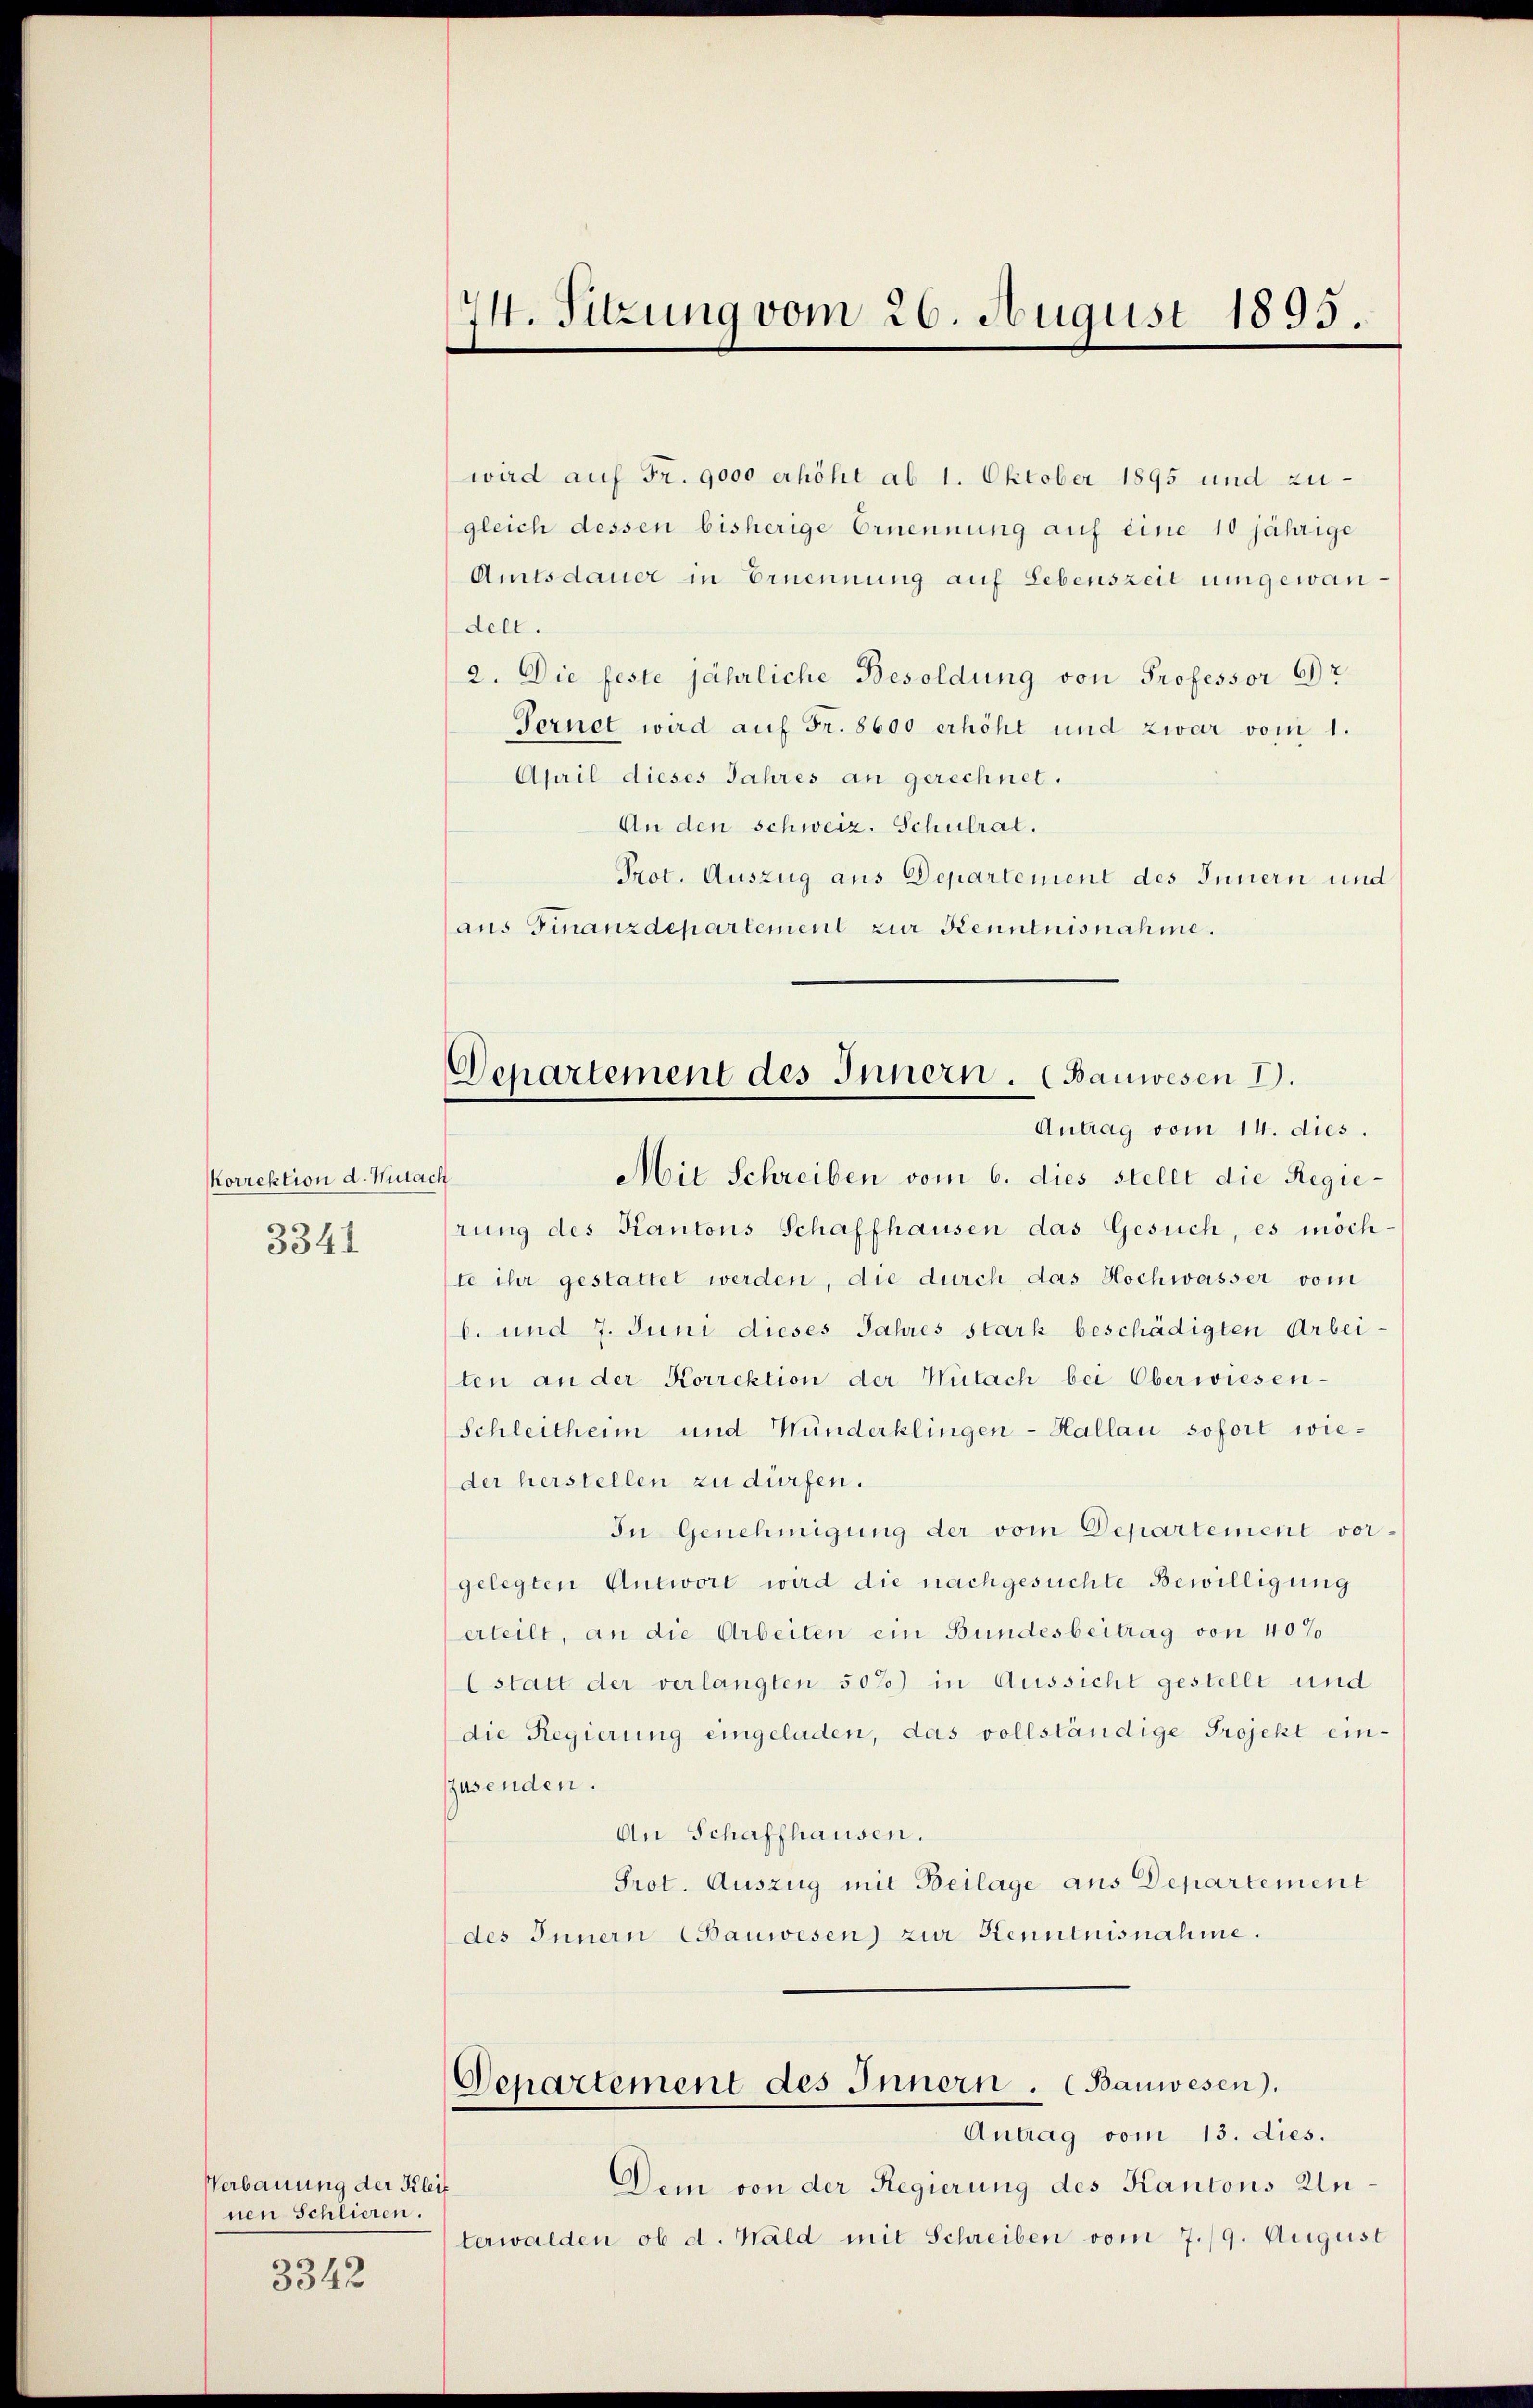
Korrektion d. Mita
3341

Verbauung der Klei
nen Schlieren.

3342

¼. Sitzung vom 26. August 1895.

wird auf Fr. 9000 erhöht ab 1. Oktober 1895 und zugleich dessen bisherige Ernennung auf eine 10 jährige
Amtsdauer in Ernennung auf Lebenszeit umgewandel.
2. Die feste jährliche Besoldung von Professor Dr
Fernet wird auf Fr. 8600 erhöht und zwar vom 1.
April dieses Jahres an gerechnet.
An den schweiz. Schulrat.
Prot. Auszug aus Departement des Innern und
aus Finanzdepartement zur Kenntnisnahme.

Departement des Innern. (Bauwesen I.
Antrag vom 14. dies.

ch
Mit Schreiben vom 6. dies stellt die Regierŭng des Kantons Schaffhausen das Gesuch, es möch-
ste ihr gestattet werden, die durch das Hochwasser vom
b. und 7. Juni dieses Jahres stark beschädigten Arbeiten an der Korrektion der Wütach bei Oberwiesen-
Schleitheim und Münderklingen-Hallau sofort wieder herstellen zu dürfen.
In Genehmigung der vom Departement vorgelegten Antwort wird die nachgesuchte Bewilligung
erteilt, an die Arbeiten ein Bundesbeitrag von 40%
lstatt der verlangten 50%) in Aussicht gestellt und
die Regierung eingeladen, das vollständige Projekt einzusenden.
An Schaffhausen.
Prot. Auszug mit Beilage aus Departement
des Innern (Bauwesen) zur Kenntnisnahme.
Departement des Innern. (Bauwesen).
Antrag vom 13. dies.
Dem von der Regierung des Kantons Unterwalden ob d. Wald mit Schreiben vom 7./9. August